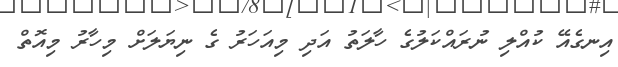
އިނގެއޭ ކުއްލި ނުރައްކަލުގެ ހާލަތު އަދި މިއަހަރު ގެ ނިޔަލަށް މިހާރު މިއޮތް